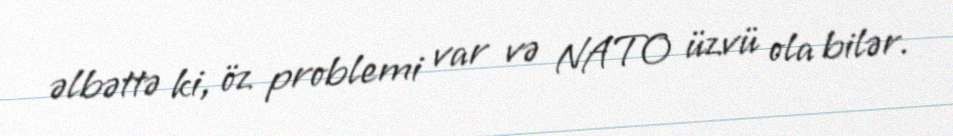
əlbəttə ki, öz problemi var və NATO üzvü ola bilər.